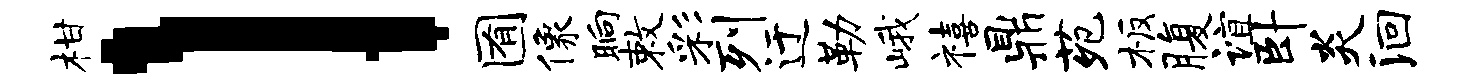
柑l囿像晌敕彩列迂勒峨禧鼎苑板腹谊卧炎洄